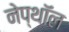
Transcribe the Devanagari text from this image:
नेप्थॉल